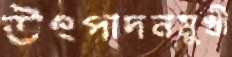
উৎপাদনমুখী